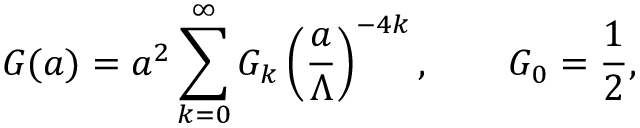
{ \cal G } ( a ) = a ^ { 2 } \sum _ { k = 0 } ^ { \infty } { \cal G } _ { k } \left( { \frac { a } { \Lambda } } \right) ^ { - 4 k } , \qquad { \cal G } _ { 0 } = { \frac { 1 } { 2 } } ,